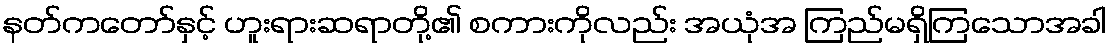
နတ်ကတော်နှင့် ဟူးရားဆရာတို့၏ စကားကိုလည်း အယုံအ ကြည်မရှိကြသောအခါ